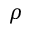
\rho